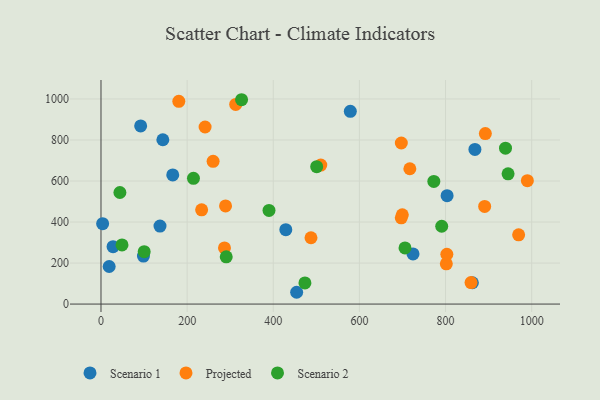
{"axis": {"x": "Ad Spend", "y": "Yield"}, "legend": ["Projected", "Scenario 1", "Scenario 2"], "data": [{"x": "143.6", "y": 801.2, "type": "Scenario 1"}, {"x": "803.6", "y": 528.5, "type": "Scenario 1"}, {"x": "92.1", "y": 868.5, "type": "Scenario 1"}, {"x": "429.1", "y": 362.5, "type": "Scenario 1"}, {"x": "98.6", "y": 234.2, "type": "Scenario 1"}, {"x": "724.5", "y": 244.3, "type": "Scenario 1"}, {"x": "578.9", "y": 939.8, "type": "Scenario 1"}, {"x": "868.2", "y": 754.1, "type": "Scenario 1"}, {"x": "454.3", "y": 57.5, "type": "Scenario 1"}, {"x": "28.0", "y": 280.0, "type": "Scenario 1"}, {"x": "166.6", "y": 629.7, "type": "Scenario 1"}, {"x": "19.0", "y": 183.1, "type": "Scenario 1"}, {"x": "137.0", "y": 380.4, "type": "Scenario 1"}, {"x": "862.3", "y": 104.0, "type": "Scenario 1"}, {"x": "3.8", "y": 392.0, "type": "Scenario 1"}, {"x": "180.7", "y": 988.5, "type": "Projected"}, {"x": "890.8", "y": 476.1, "type": "Projected"}, {"x": "969.7", "y": 337.4, "type": "Projected"}, {"x": "241.7", "y": 863.2, "type": "Projected"}, {"x": "233.7", "y": 459.7, "type": "Projected"}, {"x": "801.8", "y": 196.4, "type": "Projected"}, {"x": "286.7", "y": 273.8, "type": "Projected"}, {"x": "717.1", "y": 659.8, "type": "Projected"}, {"x": "859.2", "y": 104.9, "type": "Projected"}, {"x": "892.4", "y": 831.2, "type": "Projected"}, {"x": "510.3", "y": 677.8, "type": "Projected"}, {"x": "803.0", "y": 243.0, "type": "Projected"}, {"x": "697.2", "y": 420.6, "type": "Projected"}, {"x": "312.8", "y": 973.6, "type": "Projected"}, {"x": "990.0", "y": 601.5, "type": "Projected"}, {"x": "487.6", "y": 323.3, "type": "Projected"}, {"x": "697.3", "y": 785.4, "type": "Projected"}, {"x": "260.3", "y": 696.0, "type": "Projected"}, {"x": "289.2", "y": 478.7, "type": "Projected"}, {"x": "699.6", "y": 435.6, "type": "Projected"}, {"x": "326.4", "y": 996.3, "type": "Scenario 2"}, {"x": "945.2", "y": 634.9, "type": "Scenario 2"}, {"x": "705.9", "y": 273.8, "type": "Scenario 2"}, {"x": "772.8", "y": 598.0, "type": "Scenario 2"}, {"x": "290.8", "y": 230.5, "type": "Scenario 2"}, {"x": "390.1", "y": 456.6, "type": "Scenario 2"}, {"x": "214.7", "y": 613.0, "type": "Scenario 2"}, {"x": "48.8", "y": 288.4, "type": "Scenario 2"}, {"x": "939.2", "y": 760.3, "type": "Scenario 2"}, {"x": "791.1", "y": 379.4, "type": "Scenario 2"}, {"x": "473.5", "y": 103.3, "type": "Scenario 2"}, {"x": "500.8", "y": 670.0, "type": "Scenario 2"}, {"x": "43.9", "y": 544.0, "type": "Scenario 2"}, {"x": "100.3", "y": 255.5, "type": "Scenario 2"}]}